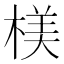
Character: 𣖙